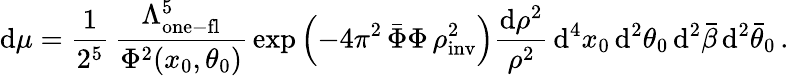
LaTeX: \mathrm{d}\mu=\frac{1}{2^{5}}\, \frac{\Lambda_{\mathrm{one-fl}}^{5}}{\Phi^{2}(x_{0},\theta_{0})}\, \exp\left(-4\pi^{2}\, \bar{\Phi}\Phi\, \rho_{\mathrm{inv}}^{2}\right)\frac{\mathrm{d}\rho^{2}}{\rho^{2}}\, \mathrm{d}^{4}x_{0}\, \mathrm{d}^{2}\theta_{0}\, \mathrm{d}^{2}\bar{\beta}\, \mathrm{d}^{2}\bar{\theta}_{0}\, .